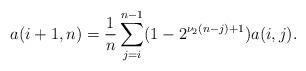
LaTeX: \begin{align*}a(i+1,n)=\frac{1}{n}\sum_{j=i}^{n-1}(1-2^{\nu_{2}(n-j)+1})a(i,j).\end{align*}